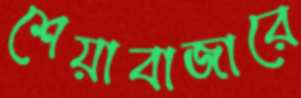
শেয়াবাজারে